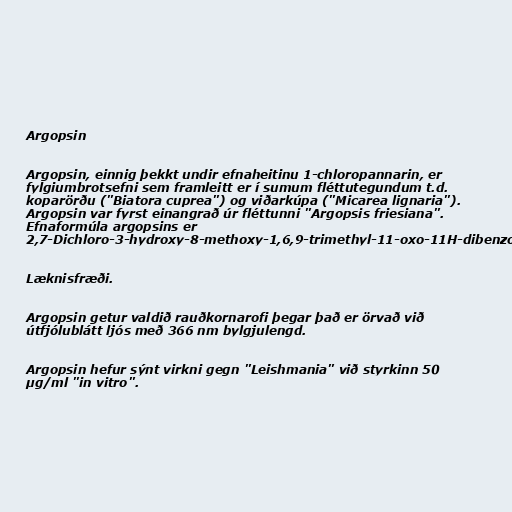
Argopsin

Argopsin, einnig þekkt undir efnaheitinu 1-chloropannarin, er
fylgiumbrotsefni sem framleitt er í sumum fléttutegundum t.d.
koparörðu ("Biatora cuprea") og viðarkúpa ("Micarea lignaria").
Argopsin var fyrst einangrað úr fléttunni "Argopsis friesiana".
Efnaformúla argopsins er
2,7-Dichloro-3-hydroxy-8-methoxy-1,6,9-trimethyl-11-oxo-11H-dibenzo[b,e][1,4]dioxepin-4-carbaldehýð.

Læknisfræði.

Argopsin getur valdið rauðkornarofi þegar það er örvað við
útfjólublátt ljós með 366 nm bylgjulengd.

Argopsin hefur sýnt virkni gegn "Leishmania" við styrkinn 50
µg/ml "in vitro".